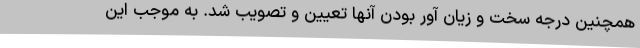
همچنین درجه سخت و زیان آور بودن آنها تعیین و تصویب شد. به موجب این